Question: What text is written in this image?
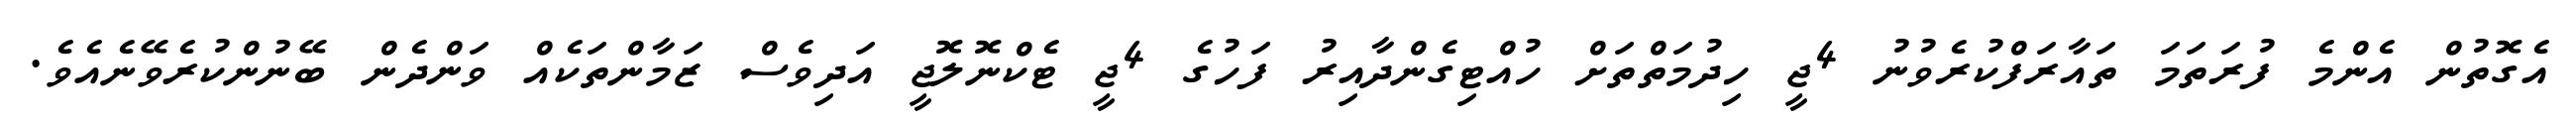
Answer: އެގޮތުން އެންމެ ފުރަތަމަ ތައާރަފްކުރެވުނު 4ޖީ ހިދުމަތްތަށް ހުއްޓިގެންދާއިރު ފަހުގެ 4ޖީ ޓެކްނޮލޮޖީ އަދިވެސް ޒަމާންތަކެއް ވަންދެން ބޭނުންކުރެވޭނެއެވެ.